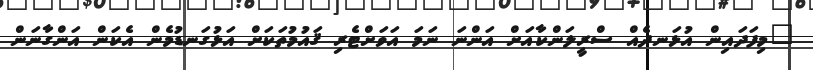
"މިފަދައިން އުޅަނދެއް ސްރީލަންކާއަށް އަންނަ ނަމަ އަވަށްޓެރި ޤައުމުތަކަށް އަޅުގަނޑުމެން އެކަން އަންގާނަން